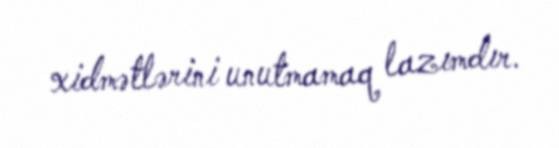
xidmətlərini unutmamaq lazımdır.